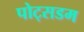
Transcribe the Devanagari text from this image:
पोट्सडम